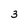
Character: 3